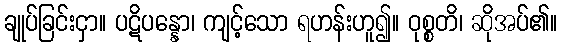
ချုပ်ခြင်းငှာ။ ပဋိပန္နော၊ ကျင့်သော ရဟန်းဟူ၍။ ဝုစ္စတိ၊ ဆိုအပ်၏။